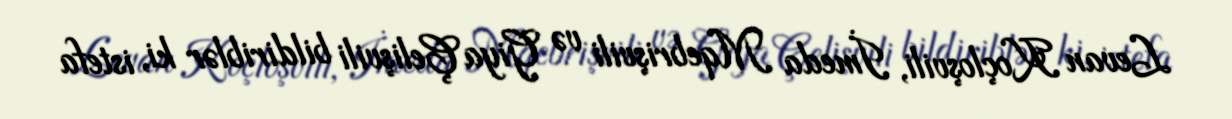
Levan Koçloşvili, İmeda Mqebrişvili və Giya Çelişvili bildiriblər ki, istefa